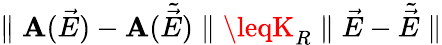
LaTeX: \parallel{\cal\mathbf{A}}(\vec{{E}})-{\cal\mathbf{A}}(\tilde{{\vec{{E}}}})\parallel\leqK_{R}\parallel\vec{{E}}-\tilde{{\vec{{E}}}}\parallel